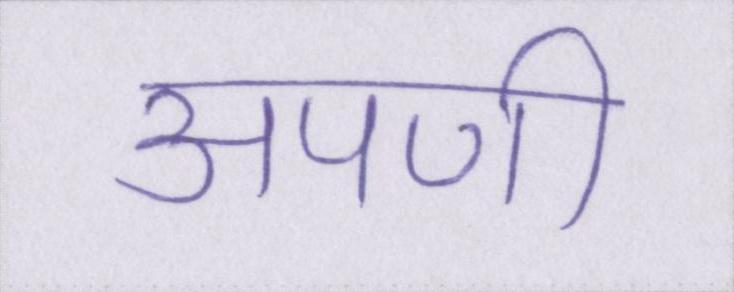
अपणी